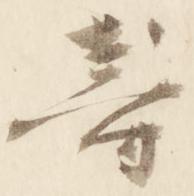
寿